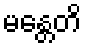
မန္တေတိ